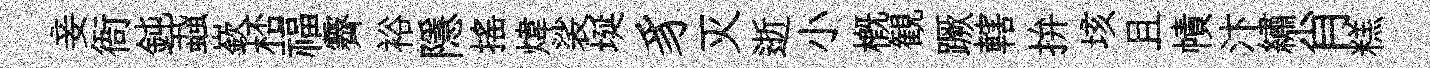
妾衙鈍蝨嶔桮福霽裕隱揺煒裟埏豸灭逝小槪観蹶轄拚垓且幘汴繡肖糕